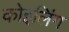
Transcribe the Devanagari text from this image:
कोइलिंग